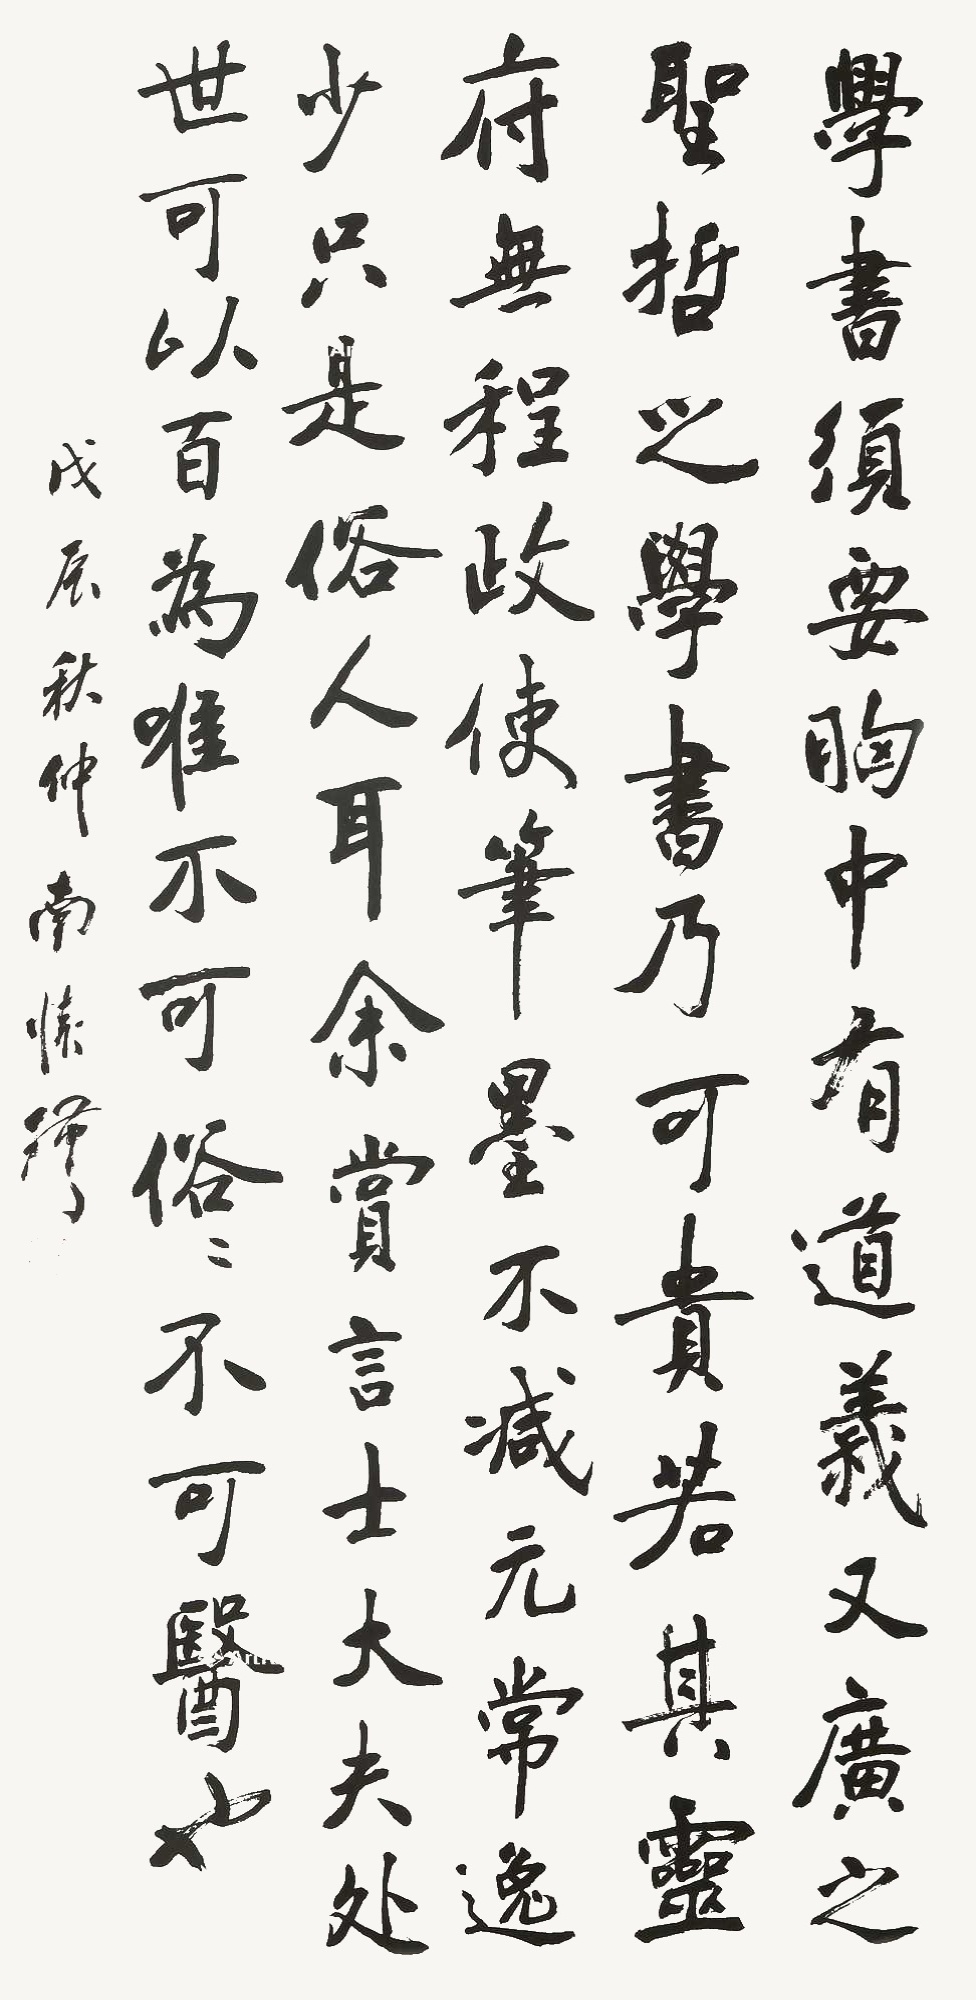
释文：学书须要胸中有道义，又广之以圣哲之学，书乃可贵。若其灵府无程，政使笔墨不减元常、逸少，只是俗人耳。余尝言，士大夫处世可以百为，唯不可俗，俗便不可医也。戊辰秋仲南怀瑾